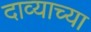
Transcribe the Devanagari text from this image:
दाव्याच्या